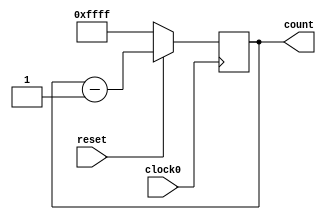
/////////////////////////////////////////
//  Functionality: 16 bit down counter 
////////////////////////////////////////

module counterdown16_1clk_posedge_sync_resetn(clock0, reset, count);

	input clock0, reset;
	output [15:0] count;
	reg [15:0] count;  

	initial begin
      	  count <= 16'hffff;
    	end                                    

	always @ (posedge clock0) begin
		if (reset == 1'b0) begin
			count <= 16'hffff;
		end 
		else begin
			count <= count - 1;
		end
	end

endmodule